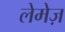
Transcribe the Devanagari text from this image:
लेमेज़